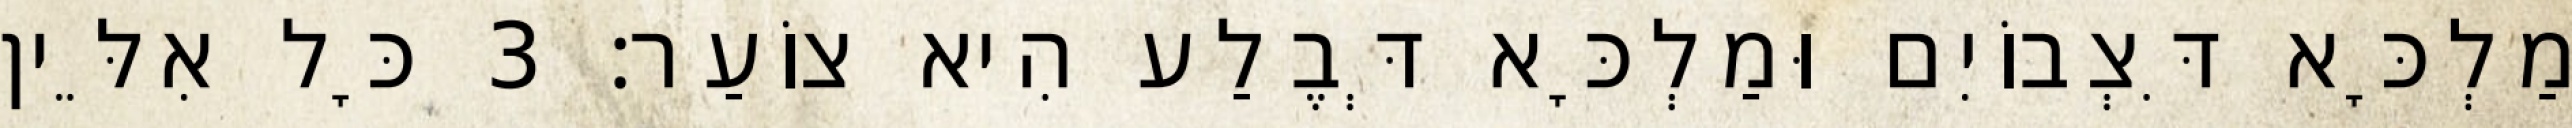
מַלְכָּא דִּצְבוֹיִם וּמַלְכָּא דְּבֶלַע הִיא צוֹעַר׃ 3 כָּל אִלֵּין